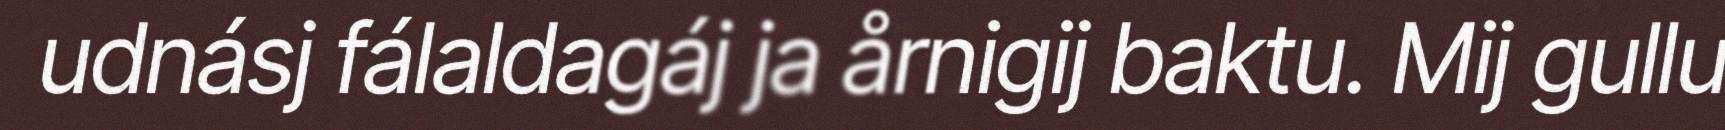
udnásj fálaldagáj ja årnigij baktu. Mij gullu